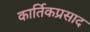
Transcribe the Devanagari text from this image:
कार्तिकप्रसाद